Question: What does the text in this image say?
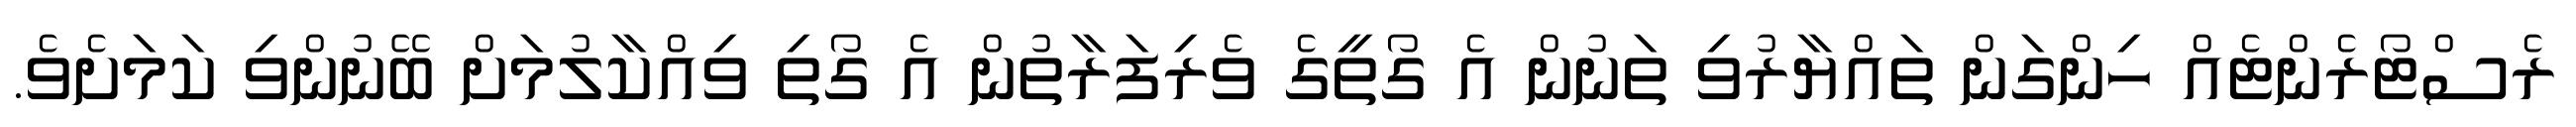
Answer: ރެސްޓޯރެންޓެއް ހިންގަން ތައްޔާރުވި ތަނުން އެ ގޯތީގެ ވެރިފަރާތުން އެ ގޯތި ވިއްކާލުމަށް ބޭނުންވި ކަމަށެވެ.